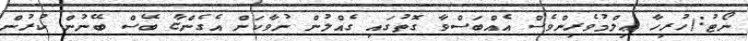
ނޯޓު:(ހުރިހާ ޢިލްމުވެރިންވެސް އެއްބަސްވާ ގޮތުގައި ގެއްލުން ނުވާކަން އެގެންޏާ ބޭސް ބޭނުން ކުރުން